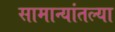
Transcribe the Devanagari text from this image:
सामान्यांतल्या